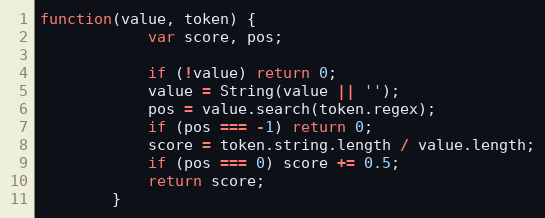
Language: JavaScript
function(value, token) {
			var score, pos;

			if (!value) return 0;
			value = String(value || '');
			pos = value.search(token.regex);
			if (pos === -1) return 0;
			score = token.string.length / value.length;
			if (pos === 0) score += 0.5;
			return score;
		}